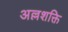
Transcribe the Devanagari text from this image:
अल्लशक्ति